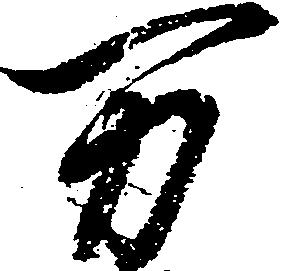
万